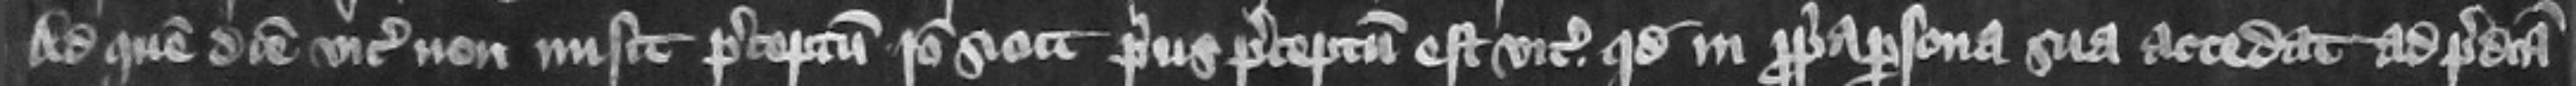
Ad quem diem vicecomes non misit preceptum. Ideo sicut prius preceptum est vicecomiti quod in propria persona sua accedat ad predicta